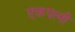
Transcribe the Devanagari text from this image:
एकपत्‍नी